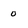
Character: 0